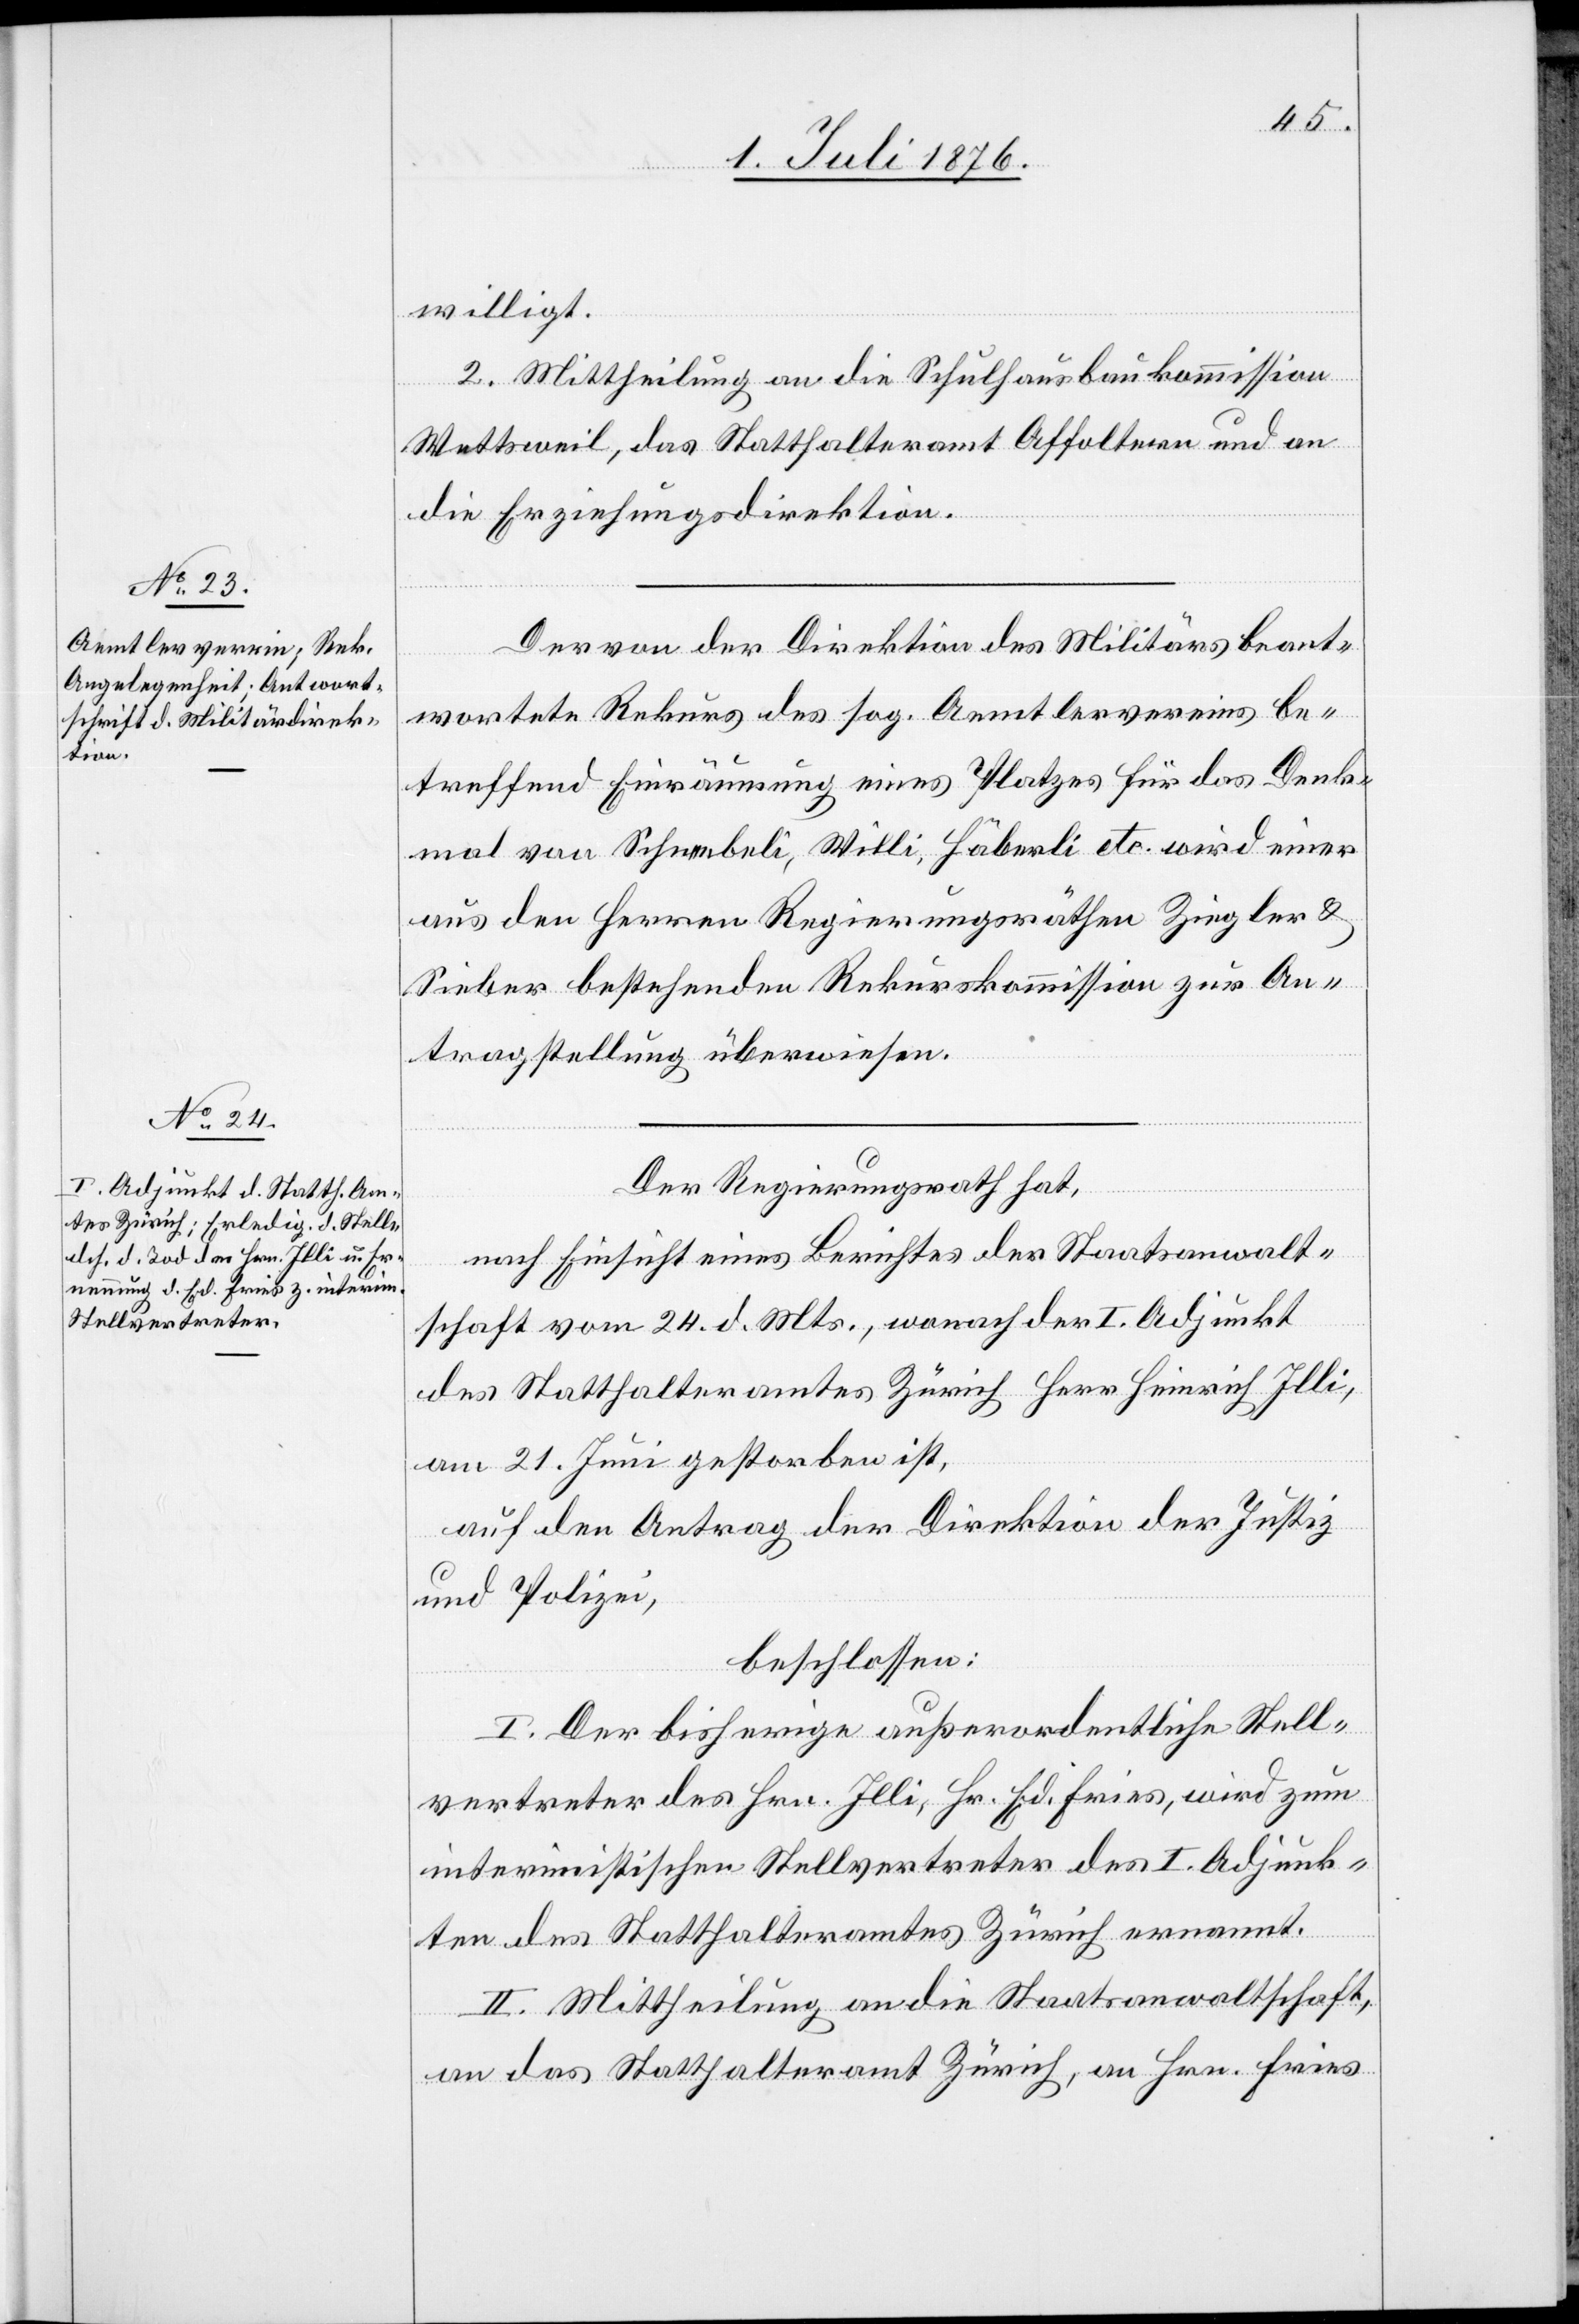
willigt.
2. Mittheilung an die Schulhausbaukommission
Wettsweil, das Statthalteramt Affoltern und an
die Erziehungsdirektion.
Der von der Direktion des Militärs beant¬
wortete Rekurs des sog. Aemtlervereins be¬
treffen Einräumung eines Platzes für das Denk¬
mal von Schneebeli, Willi, Häberli etc. wird einer
aus den Herren Regierungsräthen Ziegler &
Sieber bestehenden Rekurskommission zur An¬
tragstellung überwiesen.
Der Regierungsrath hat,
nach Einsicht eines Berichtes der Staatsanwalt¬
schaft vom 24. d. Mts., wonach der I. Adjunkt
des Statthalteramtes Zürich Herr Heinrich Illi,
am 21. Juni gestorben ist,
auf den Antrag der Direktion der Justiz
und Polizei,
beschlossen:
I. Der bisherige außerordentliche Stell¬
vertreter des Hrn. Illi, Hr. Ed. Fries, wird zum
interimistischen Stellvertreter des I. Adjunk¬
ten des Statthalteramtes Zürich ernannt.
II. Mittheilung an die Staatsanwaltschaft,
an das Statthalteramt Zürich, an Hrn. Fries